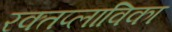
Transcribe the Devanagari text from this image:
रक्तप्लाविका